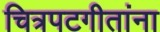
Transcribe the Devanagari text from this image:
चित्रपटगीतांना